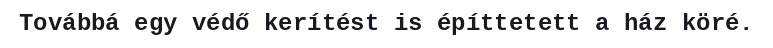
Továbbá egy védő kerítést is építtetett a ház köré.